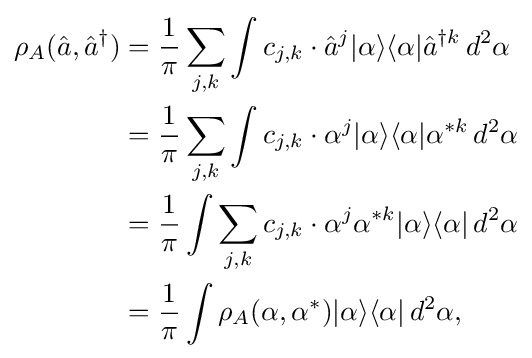
{\begin{aligned}\rho _{A}({\hat {a}},{\hat {a}}^{\dagger })&={\frac {1}{\pi }}\sum _{j,k}\int c_{j,k}\cdot {\hat {a}}^{j}|{\alpha }\rangle \langle {\alpha }|{\hat {a}}^{\dagger k}\,d^{2}\alpha \\&={\frac {1}{\pi }}\sum _{j,k}\int c_{j,k}\cdot \alpha ^{j}|{\alpha }\rangle \langle {\alpha }|\alpha ^{*k}\,d^{2}\alpha \\&={\frac {1}{\pi }}\int \sum _{j,k}c_{j,k}\cdot \alpha ^{j}\alpha ^{*k}|{\alpha }\rangle \langle {\alpha }|\,d^{2}\alpha \\&={\frac {1}{\pi }}\int \rho _{A}(\alpha ,\alpha ^{*})|{\alpha }\rangle \langle {\alpha }|\,d^{2}\alpha ,\end{aligned}}